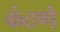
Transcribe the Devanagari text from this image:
कंठणे